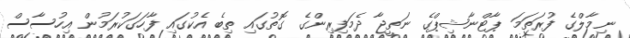
ނިމާލްގެ ފުރަތަމަ ޕާޓްނާޝިޕްގެ ނަތީޖާ ދެމަފިރިންގެ ގޮތުގައި ތިބެ އެކުގައި ފާހަގަކުރަމުން އިހުސާސް